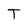
Character: T